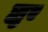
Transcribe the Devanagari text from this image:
ह्युए